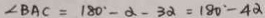
\angle B A C = 1 8 0 ^ { \circ } - \alpha - 3 \alpha = 1 8 0 ^ { \circ } - 4 \alpha